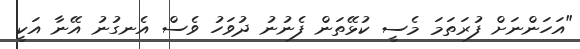
"އަހަންނަށް ފުރަތަމަ މެސީ ކުޅޭތަން ފެނުނު ދުވަހު ވެސް އެނގުނު އޭނާ އަކީ